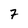
Character: 7